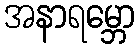
အနာရမ္ဘော